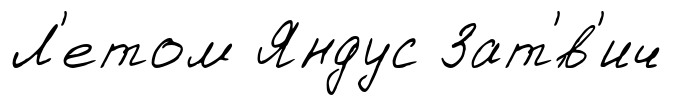
Л'етом Яндус Зат'́в'ич